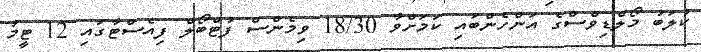
ކުލަބު މޯލްޑިވްސްގެ އަންހެންބައި ކަމަށްވާ 18/30 ވިމެންސް ފުޓްބޯލް ފިއެސްޓާގައި 12 ޓީމު